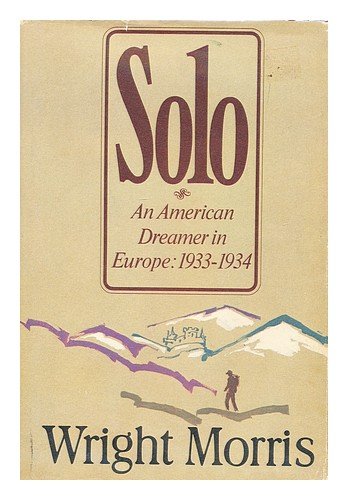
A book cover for Solo: An American Dreamer in Europe, 1933-34; Wright Morris; Travel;